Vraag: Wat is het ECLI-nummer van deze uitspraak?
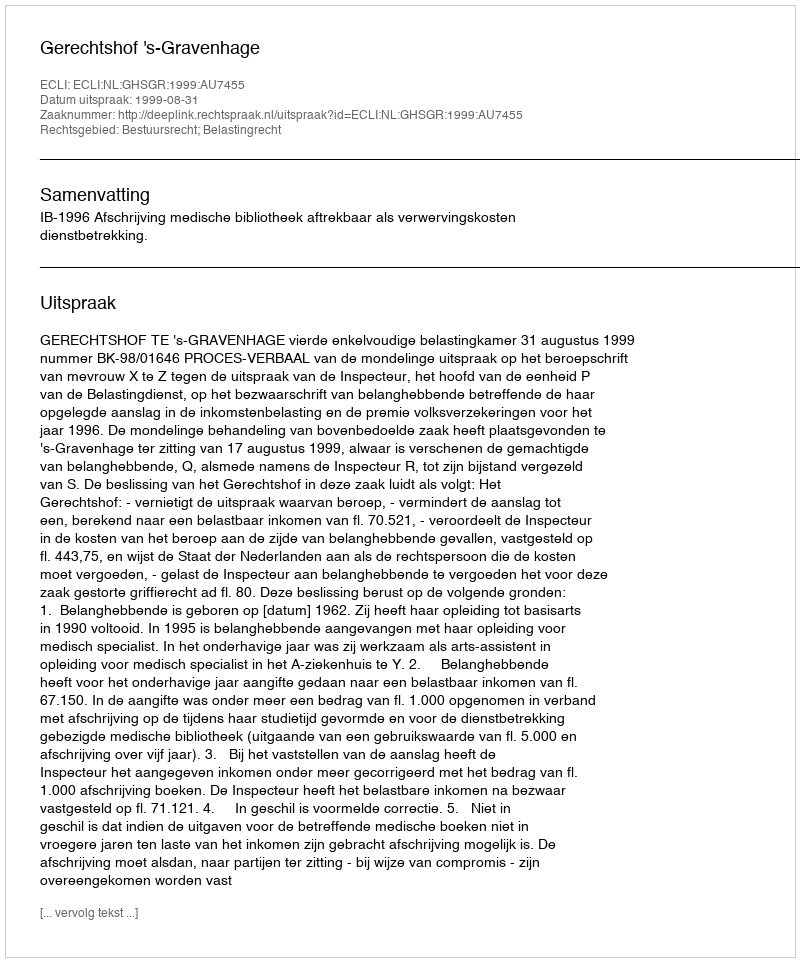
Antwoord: ECLI:NL:GHSGR:1999:AU7455